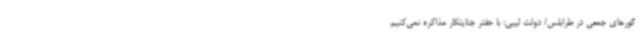
گورهای جمعی در طرابلس/ دولت لیبی: با حفتر جنایتکار مذاکره نمی‌کنیم